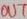
Text: OUT